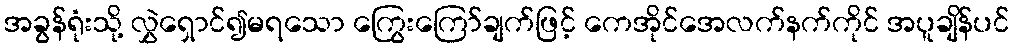
အခွန်ရုံးသို့ လွှဲရှောင်၍မရသော ကြွေးကြော်ချက်ဖြင့် ကေအိုင်အေလက်နက်ကိုင် အပူချိန်ပင်